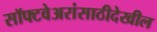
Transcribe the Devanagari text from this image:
सॉफ्टवेअरांसाठीदेखील